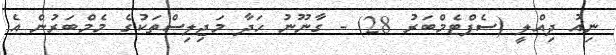
ނިއު ދިއްލީ (ސެޕްޓެމްބަރު 28) - ގާނޫނު ހަދާ މަޖިލިސްތަކުގެ މެމްބަރުން އެ